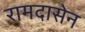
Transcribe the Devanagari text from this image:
रामदासेन